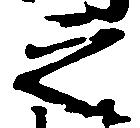
之